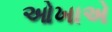
ઓખાએ